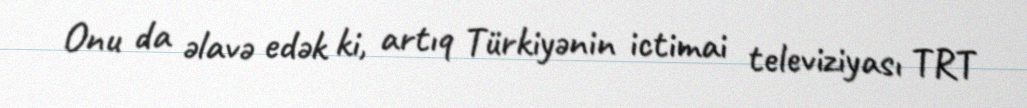
Onu da əlavə edək ki, artıq Türkiyənin ictimai televiziyası TRT